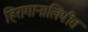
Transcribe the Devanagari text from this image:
हिरागानालिपीत